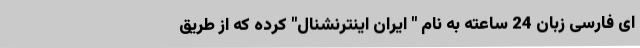
ای فارسی زبان 24 ساعته به نام " ایران اینترنشنال" کرده که از طریق